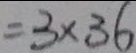
= 3 \times 3 6